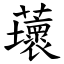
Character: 蘾